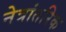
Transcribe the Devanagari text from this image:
नेत्रांतरिक